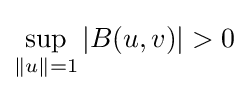
\sup _{\|u\|=1}|B(u,v)|>0